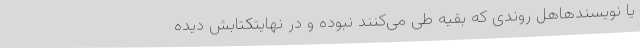
یا نویسندهاهل روندی که بقیه طی می‌کنند نبوده و در نهایتکتابش دیده